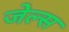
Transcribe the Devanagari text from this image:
जेल्स